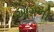
આગળી